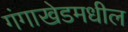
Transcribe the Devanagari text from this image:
गंगाखेडमधील